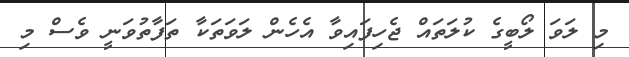
މި ލަވަ ލޯބީގެ ކުލަތައް ޖެހިފައިވާ އެހެން ލަވަތަކާ ތަފާތުވަނީ ވެސް މި